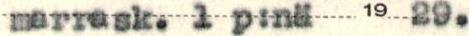
marrask. 1 p:nä 1929.